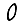
Digit: 0